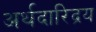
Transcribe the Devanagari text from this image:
अर्थदारिद्रय